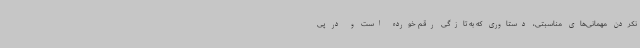
نکردن مهمانی‌های مناسبتی، دستاوری که به تازگی رقم خورده است و در پی